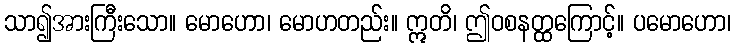
သာ၍အားကြီးသော။ မောဟော၊ မောဟတည်း။ ဣတိ၊ ဤဝစနတ္ထကြောင့်။ ပမောဟော၊